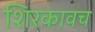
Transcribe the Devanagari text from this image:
शिरकावच